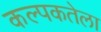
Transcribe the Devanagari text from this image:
कल्पकतेला